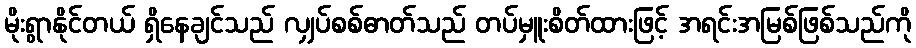
မိုးရွာနိုင်တယ် ရှိနေချင်သည် လျှပ်စစ်ဓာတ်သည် တပ်မှူးစိတ်ထားဖြင့် အရင်းအမြစ်ဖြစ်သည်ကို